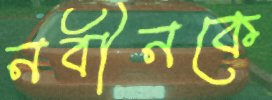
নবীনকে